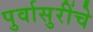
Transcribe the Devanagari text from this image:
पुर्वासुरींचे